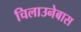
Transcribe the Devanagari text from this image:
चिलाउनेबास